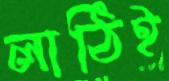
লাঠিই